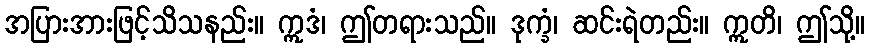
အပြားအားဖြင့်သိသနည်း။ ဣဒံ၊ ဤတရားသည်။ ဒုက္ခံ၊ ဆင်းရဲတည်း။ ဣတိ၊ ဤသို့။